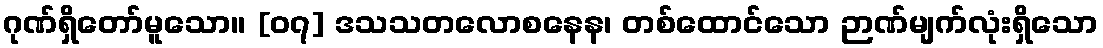
ဂုဏ်ရှိတော်မူသော။ [၀၇] ဒသသတလောစနေန၊ တစ်ထောင်သော ဉာဏ်မျက်လုံးရှိသော